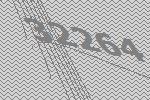
32264